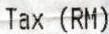
TAX (RM)